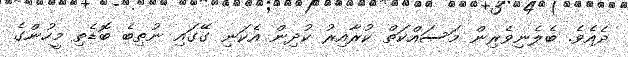
ދެއެވެ. ބެލެނިވެރިން މަސައްކަތް ކުރާއިރު ކުދިން އެކަނި ގޭގައި ނުތިބެ ބޮޑެތި މީހުންގެ